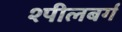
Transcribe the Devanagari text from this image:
श्पीलबर्ग